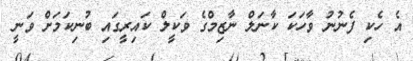
އެ ހެކި ފެނުނު ވާހަކަ ކާނަލް ނާޒިމްގެ ވަކީލް ކައިރީގައި ބުނިކަމަށް ވަނީ